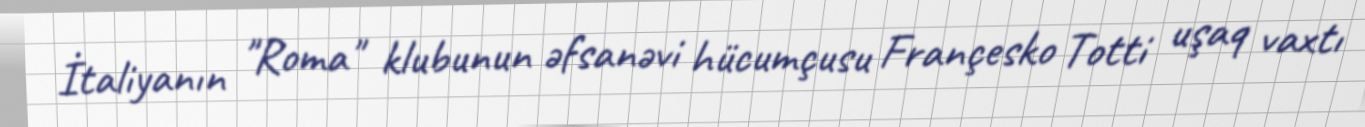
İtaliyanın "Roma" klubunun əfsanəvi hücumçusu Françesko Totti uşaq vaxtı